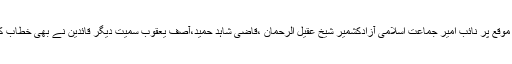
اس موقع پر نائب امیر جماعت اسلامی آزادکشمیر شیخ عقیل الرحمان ،قاضی شاہد حمید،آصف یعقوب سمیت دیگر قائدین نے بھی خطاب کیا ۔